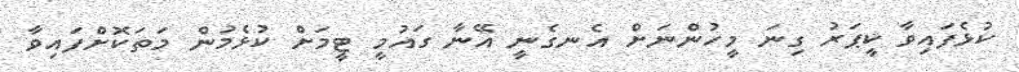
ކުޅެފައިވާ ކީޕަރު ގިނަ މީހުންނަށް އެނގެނީ އޭނާ ގައުމީ ޓީމަށް ކުޅެމުން މަތަކޮށްފައިވާ